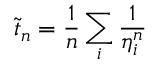
\tilde { t } _ { n } = \frac { 1 } { n } \sum _ { i } \frac { 1 } { \eta _ { i } ^ { n } }